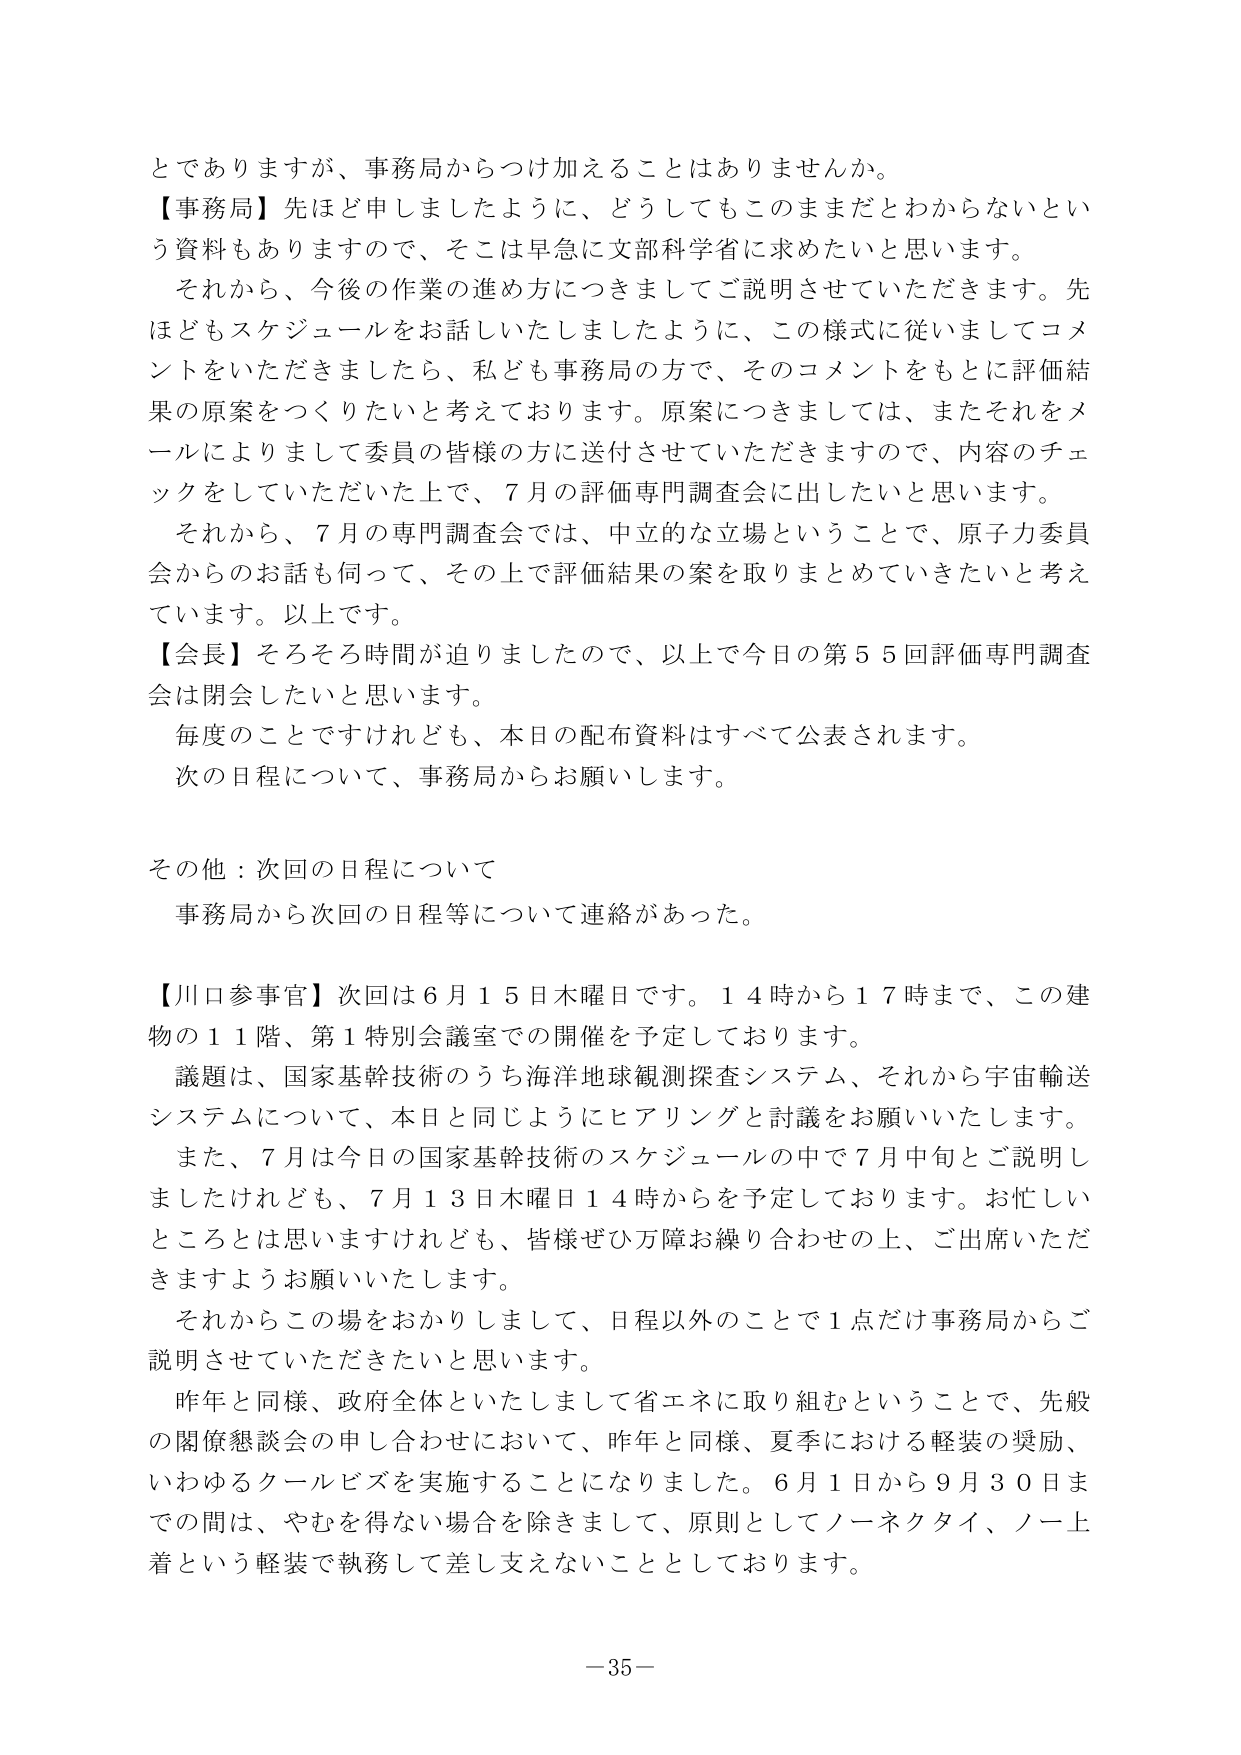
とでありますが、事務局からつけ加えることはありませんか。
【事務局】先ほど申しましたように、どうしてもこのままだとわからないという資料もありますので、そこは早急に文部科学省に求めたいと思います。
それから、今後の作業の進め方につきましてご説明させていただきます。先ほどもスケジュールをお話しいたしましたように、この様式に従いましてコメントをいただきましたら、私ども事務局の方で、そのコメントをもとに評価結果の原案をつくりたいと考えております。原案につきましては、またそれをメールによりまして委員の皆様の方に送付させていただきますので、内容のチェックをしていただいた上で、7月の評価専門調査会に出したいと思います。
それから、7月の専門調査会では、中立的な立場ということで、原子力委員会からのお話も伺って、その上で評価結果の案を取りまとめていきたいと考えています。以上です。
【会長】そろそろ時間が迫りましたので、以上で今日の第55回評価専門調査会は閉会したいと思います。
毎度のことですけれども、本日の配布資料はすべて公表されます。
次の日程について、事務局からお願いします。

その他：次回の日程について
事務局から次回の日程等について連絡があった。

【川口参事官】次回は6月15日木曜日です。14時から17時まで、この建物の11階、第1特別会議室での開催を予定しております。
議題は、国家基幹技術のうち海洋地球観測探査システム、それから宇宙輸送システムについて、本日と同じようにヒアリングと討議をお願いいたします。
また、7月は今日の国家基幹技術のスケジュールの中で7月中旬とご説明しましたけれども、7月13日木曜日14時からを予定しております。お忙しいところとは思いますが、皆様ぜひ万障お繰り合わせの上、ご出席いただきますようお願いいたします。
それからこの場をおかりしまして、日程以外のことで1点だけ事務局からご説明させていただきたいと思います。
昨年と同様、政府全体といたしまして省エネに取り組むということで、先般の閣僚懇談会の申し合わせにおいて、昨年と同様、夏季における軽装の奨励、いわゆるクールビズを実施することになりました。6月1日から9月30日までの間は、やむを得ない場合を除きまして、原則としてノーネクタイ、ノー上着という軽装で執務して差し支えないこととしております。

－35－